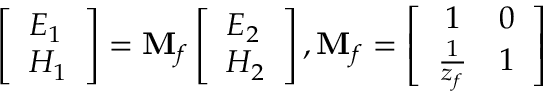
\left[ \begin{array} { l } { E _ { 1 } } \\ { H _ { 1 } } \end{array} \right] = \mathbf { M } _ { f } \left[ \begin{array} { l } { E _ { 2 } } \\ { H _ { 2 } } \end{array} \right] , \mathbf { M } _ { f } = \left[ \begin{array} { c c } { 1 } & { 0 } \\ { \frac { 1 } { z _ { f } } } & { 1 } \end{array} \right]